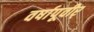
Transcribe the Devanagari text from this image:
वर्षापूवीर्